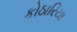
કોઠારિયા